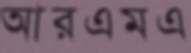
আরএমএ